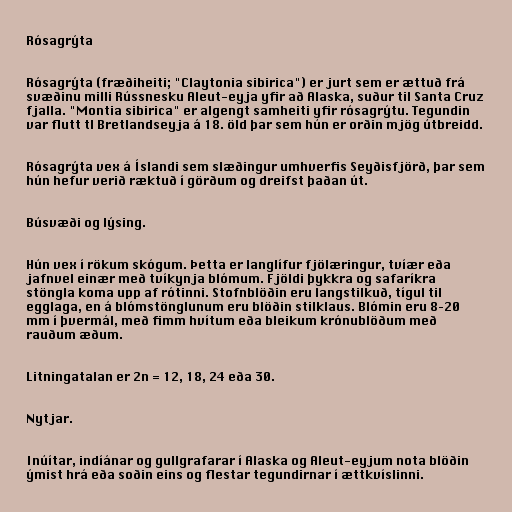
Rósagrýta

Rósagrýta (fræðiheiti; "Claytonia sibirica") er jurt sem er ættuð frá
svæðinu milli Rússnesku Aleut-eyja yfir að Alaska, suður til Santa Cruz
fjalla. "Montia sibirica" er algengt samheiti yfir rósagrýtu. Tegundin
var flutt tl Bretlandseyja á 18. öld þar sem hún er orðin mjög útbreidd.

Rósagrýta vex á Íslandi sem slæðingur umhverfis Seyðisfjörð, þar sem
hún hefur verið ræktuð í görðum og dreifst þaðan út.

Búsvæði og lýsing.

Hún vex í rökum skógum. Þetta er langlífur fjölæringur, tvíær eða
jafnvel einær með tvíkynja blómum. Fjöldi þykkra og safaríkra
stöngla koma upp af rótinni. Stofnblöðin eru langstilkuð, tígul til
egglaga, en á blómstönglunum eru blöðin stilklaus. Blómin eru 8–20
mm í þvermál, með fimm hvítum eða bleikum krónublöðum með
rauðum æðum.

Litningatalan er 2n = 12, 18, 24 eða 30.

Nytjar.

Inúítar, indíánar og gullgrafarar í Alaska og Aleut-eyjum nota blöðin
ýmist hrá eða soðin eins og flestar tegundirnar í ættkvíslinni.